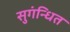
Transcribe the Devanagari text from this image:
सुगंन्‍धित